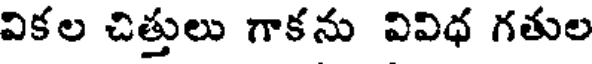
వికల చిత్తులు గాకను వివిధ గతుల